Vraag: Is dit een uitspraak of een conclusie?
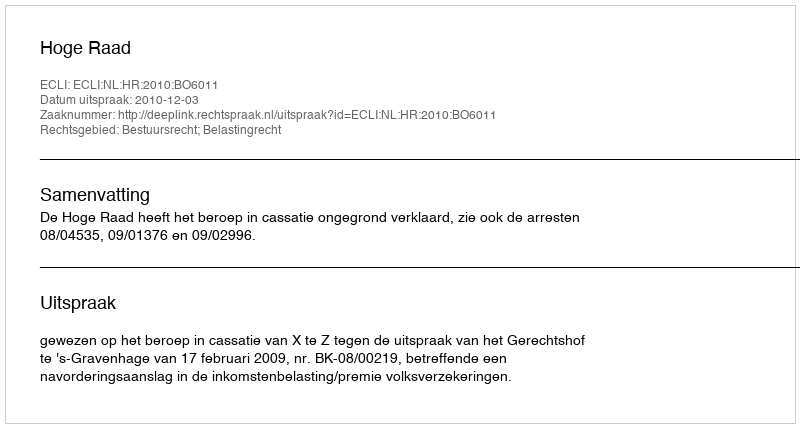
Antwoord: Uitspraak